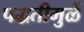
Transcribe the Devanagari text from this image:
पद्धतीमुळें